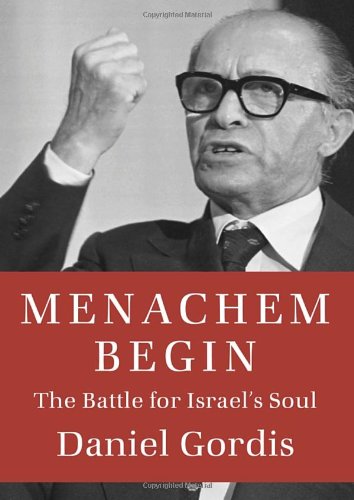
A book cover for Menachem Begin: The Battle for Israel's Soul (Jewish Encounters Series); Daniel Gordis; Biographies & Memoirs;